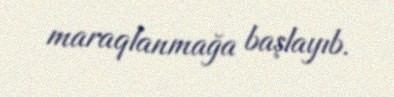
maraqlanmağa başlayıb.